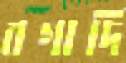
বগাদি